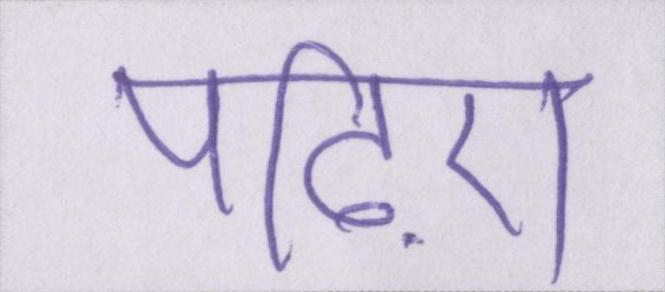
पढ़िए